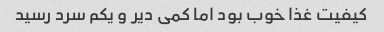
کیفیت غذا خوب بود اما کمی دیر و یکم سرد رسید